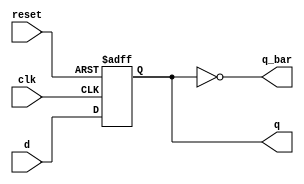
module d_flip_flop(q,q_bar, d,clk,reset);

output reg q;
output q_bar;
input clk,reset,d;

assign q_bar = !q;

always @(posedge clk,posedge reset)
begin
	if(reset == 1'b1)
		q <= 1'b0;
	else if(clk == 1)
		q <= d;
	else
		q <= q;
end
endmodule